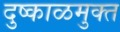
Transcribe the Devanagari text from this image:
दुष्काळमुक्त